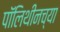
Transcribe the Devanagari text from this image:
पॉलिथीनच्या